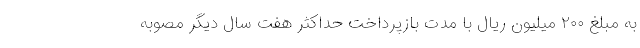
به مبلغ ۲۰۰ میلیون ریال با مدت بازپرداخت حداکثر هفت سال دیگر مصوبه